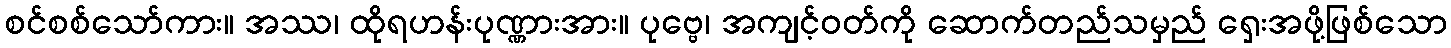
စင်စစ်သော်ကား။ အဿ၊ ထိုရဟန်းပုဏ္ဏားအား။ ပုဗ္ဗေ၊ အကျင့်ဝတ်ကို ဆောက်တည်သမှည် ရှေးအဖို့ဖြစ်သော